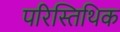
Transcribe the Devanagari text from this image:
परिस्तिथिक